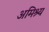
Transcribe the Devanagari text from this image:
अमिश्र्य